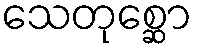
သေတုစ္ဆော